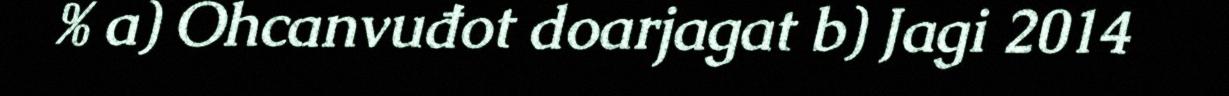
% a) Ohcanvuđot doarjagat b) Jagi 2014